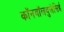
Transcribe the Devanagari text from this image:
कॉनवॉलवुलेसिई